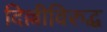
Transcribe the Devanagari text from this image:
दिल्लीविरुद्ध